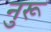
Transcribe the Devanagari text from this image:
नुरू